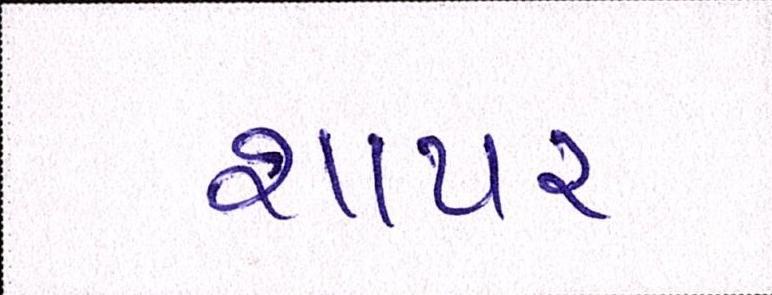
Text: શાપર